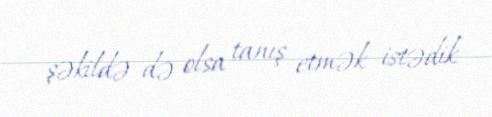
şəkildə də olsa tanış etmək istədik.